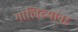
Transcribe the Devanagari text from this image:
गालिच्यांवर